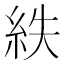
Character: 紩